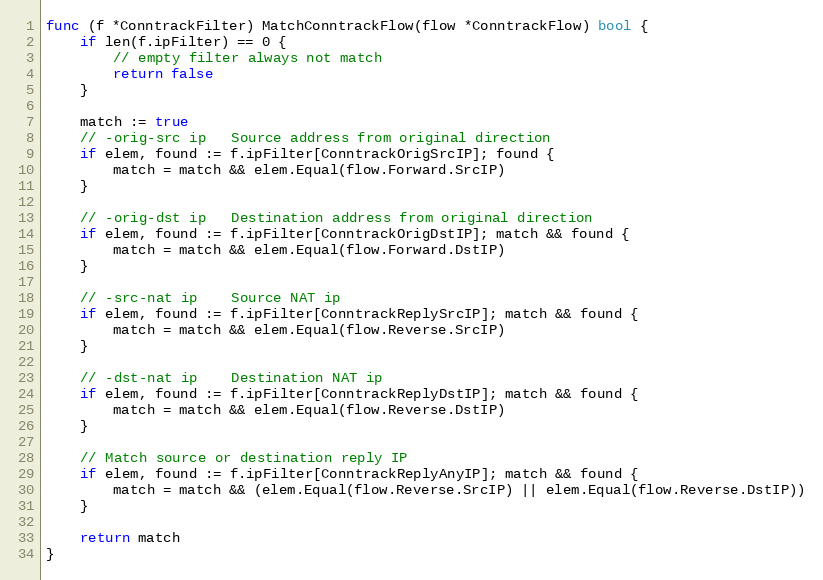
Language: Go
func (f *ConntrackFilter) MatchConntrackFlow(flow *ConntrackFlow) bool {
	if len(f.ipFilter) == 0 {
		// empty filter always not match
		return false
	}

	match := true
	// -orig-src ip   Source address from original direction
	if elem, found := f.ipFilter[ConntrackOrigSrcIP]; found {
		match = match && elem.Equal(flow.Forward.SrcIP)
	}

	// -orig-dst ip   Destination address from original direction
	if elem, found := f.ipFilter[ConntrackOrigDstIP]; match && found {
		match = match && elem.Equal(flow.Forward.DstIP)
	}

	// -src-nat ip    Source NAT ip
	if elem, found := f.ipFilter[ConntrackReplySrcIP]; match && found {
		match = match && elem.Equal(flow.Reverse.SrcIP)
	}

	// -dst-nat ip    Destination NAT ip
	if elem, found := f.ipFilter[ConntrackReplyDstIP]; match && found {
		match = match && elem.Equal(flow.Reverse.DstIP)
	}

	// Match source or destination reply IP
	if elem, found := f.ipFilter[ConntrackReplyAnyIP]; match && found {
		match = match && (elem.Equal(flow.Reverse.SrcIP) || elem.Equal(flow.Reverse.DstIP))
	}

	return match
}